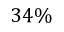
3 4 \%